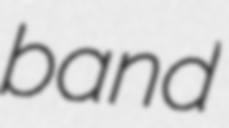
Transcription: band